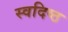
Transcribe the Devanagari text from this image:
स्वदिष्ठ